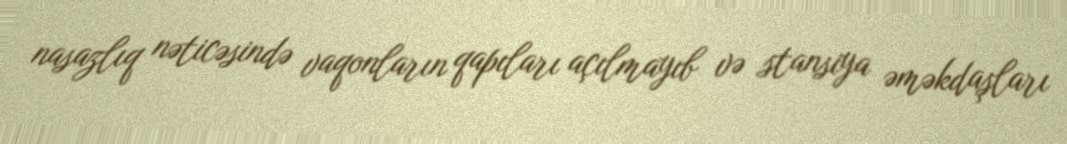
nasazlıq nəticəsində vaqonların qapıları açılmayıb və stansiya əməkdaşları